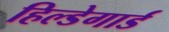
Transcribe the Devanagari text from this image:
हिल्डेगार्ड